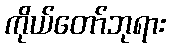
ကိုယ်တော်ဘုရား